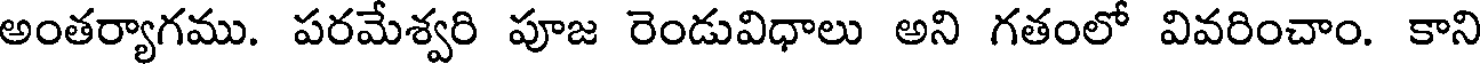
అంతర్యాగము. పరమేశ్వరి పూజ రెండువిధాలు అని గతంలో వివరించాం. కాని